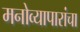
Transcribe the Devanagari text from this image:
मनोव्यापारांचा